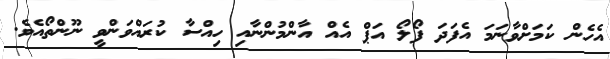
އެހެން ކަމަށްވާނަމަ އެފަދަ ފޯލޯ އަޕް އެއް އާންމުންނާއި ހިއްސާ ކުރައްވަންވީ ނޫންތޯއެވެ.